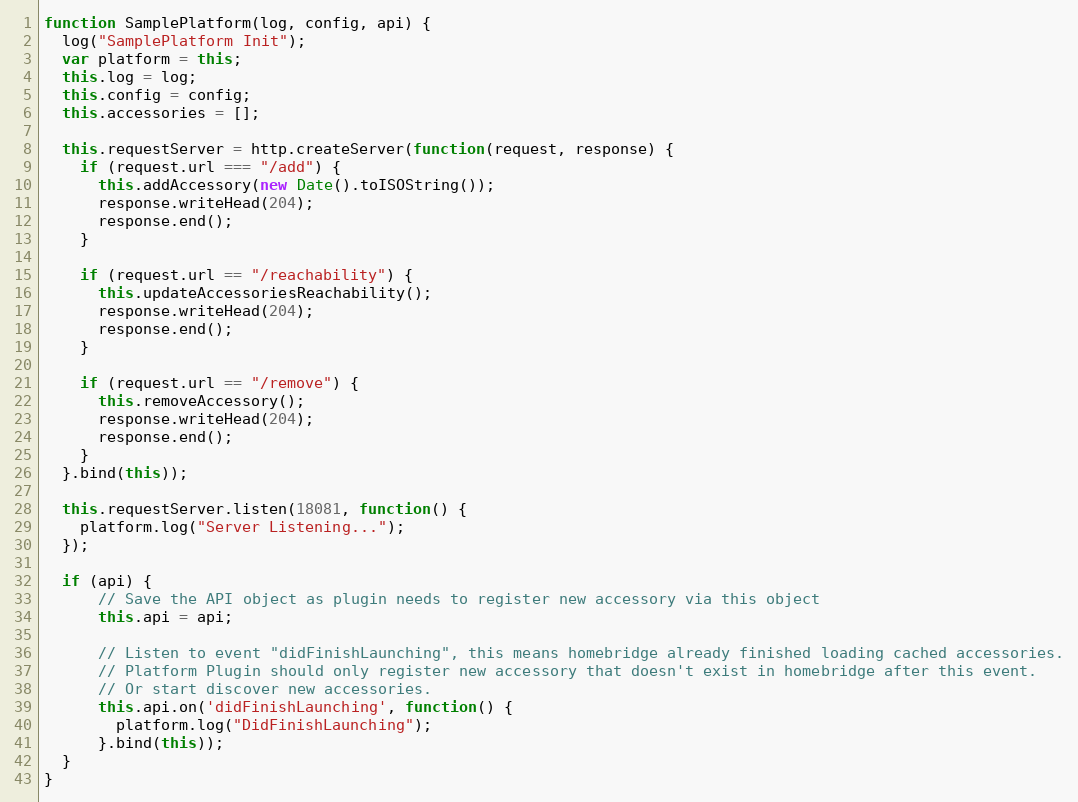
Language: JavaScript
function SamplePlatform(log, config, api) {
  log("SamplePlatform Init");
  var platform = this;
  this.log = log;
  this.config = config;
  this.accessories = [];

  this.requestServer = http.createServer(function(request, response) {
    if (request.url === "/add") {
      this.addAccessory(new Date().toISOString());
      response.writeHead(204);
      response.end();
    }

    if (request.url == "/reachability") {
      this.updateAccessoriesReachability();
      response.writeHead(204);
      response.end();
    }

    if (request.url == "/remove") {
      this.removeAccessory();
      response.writeHead(204);
      response.end();
    }
  }.bind(this));

  this.requestServer.listen(18081, function() {
    platform.log("Server Listening...");
  });

  if (api) {
      // Save the API object as plugin needs to register new accessory via this object
      this.api = api;

      // Listen to event "didFinishLaunching", this means homebridge already finished loading cached accessories.
      // Platform Plugin should only register new accessory that doesn't exist in homebridge after this event.
      // Or start discover new accessories.
      this.api.on('didFinishLaunching', function() {
        platform.log("DidFinishLaunching");
      }.bind(this));
  }
}